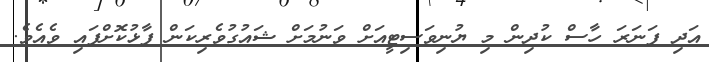
އަދި ފަނަރަ ހާސް ކުދިން މި ޔުނިވަސިޓީއަށް ވަނުމަށް ޝައުގުވެރިކަން ފާޅުކޮށްފައި ވެއެވެ.